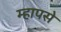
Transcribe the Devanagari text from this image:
म्हापसे